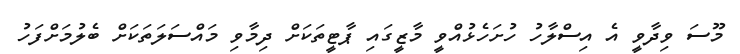
މޫސަ ވިދާވީ އެ އިސްލާހު ހުށަހެޅުއްވީ މާޒީގައި ޕާޓީތަކަށް ދިމާވި މައްސަލަތަކަށް ބެލުމަށްފަހު